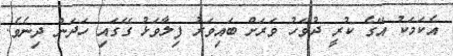
އެކަމަކު އޭގެ ކުރީ ދުވަހު ވަރަށް ބައިވަރު ފިލާވަޅު ގޭގައި ހަދަން ދިނެވެ.